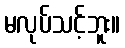
မလုပ်သင့်ဘူး။